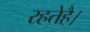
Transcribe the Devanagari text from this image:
रहतेहै।